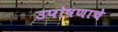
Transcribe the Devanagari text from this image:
उपोषणाचे